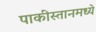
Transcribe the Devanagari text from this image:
पाकीस्तानमध्ये